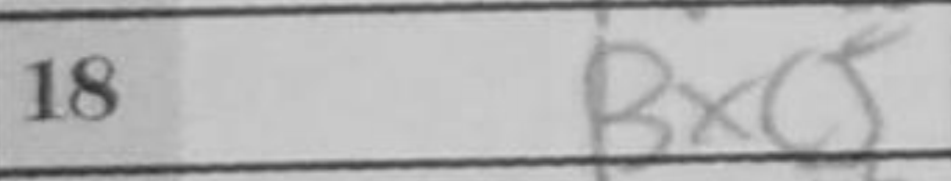
Transcription: Bxc5